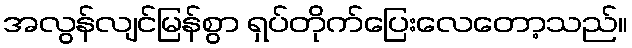
အလွန်လျင်မြန်စွာ ရှပ်တိုက်ပြေးလေတော့သည်။